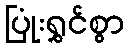
ပြုံးရွှင်စွာ